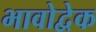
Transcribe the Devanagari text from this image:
भावोद्वेक